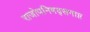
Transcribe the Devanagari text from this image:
राजोपनिषद्समाप्त